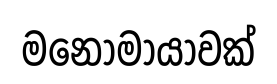
මනෝමායාවක්